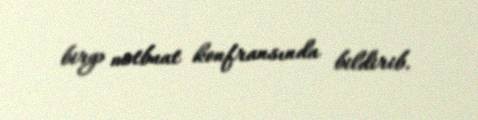
birgə mətbuat konfransında bildirib.